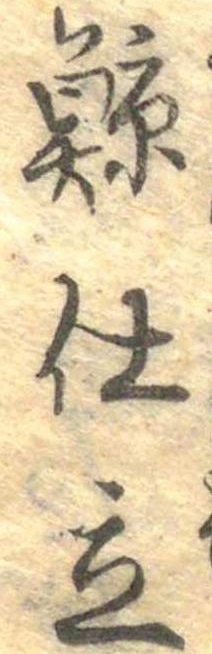
鯨仕立